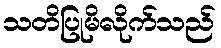
သတိပြုမိလိုက်သည်